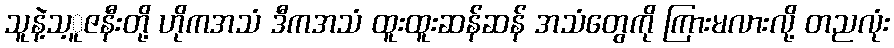
သူနဲ့သ့ူဇနီးတို့ ဟိုကအသံ ဒီကအသံ ထူးထူးဆန်ဆန် အသံတွေကို ကြားမလားလို့ တညလုံး